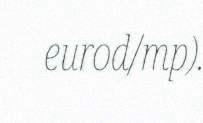
eurod/mp).